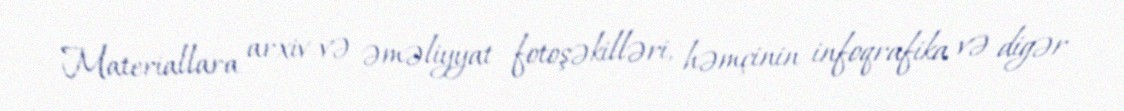
Materiallara arxiv və əməliyyat fotoşəkilləri, həmçinin infoqrafika və digər